Salla_vallavalitsus, lk 19
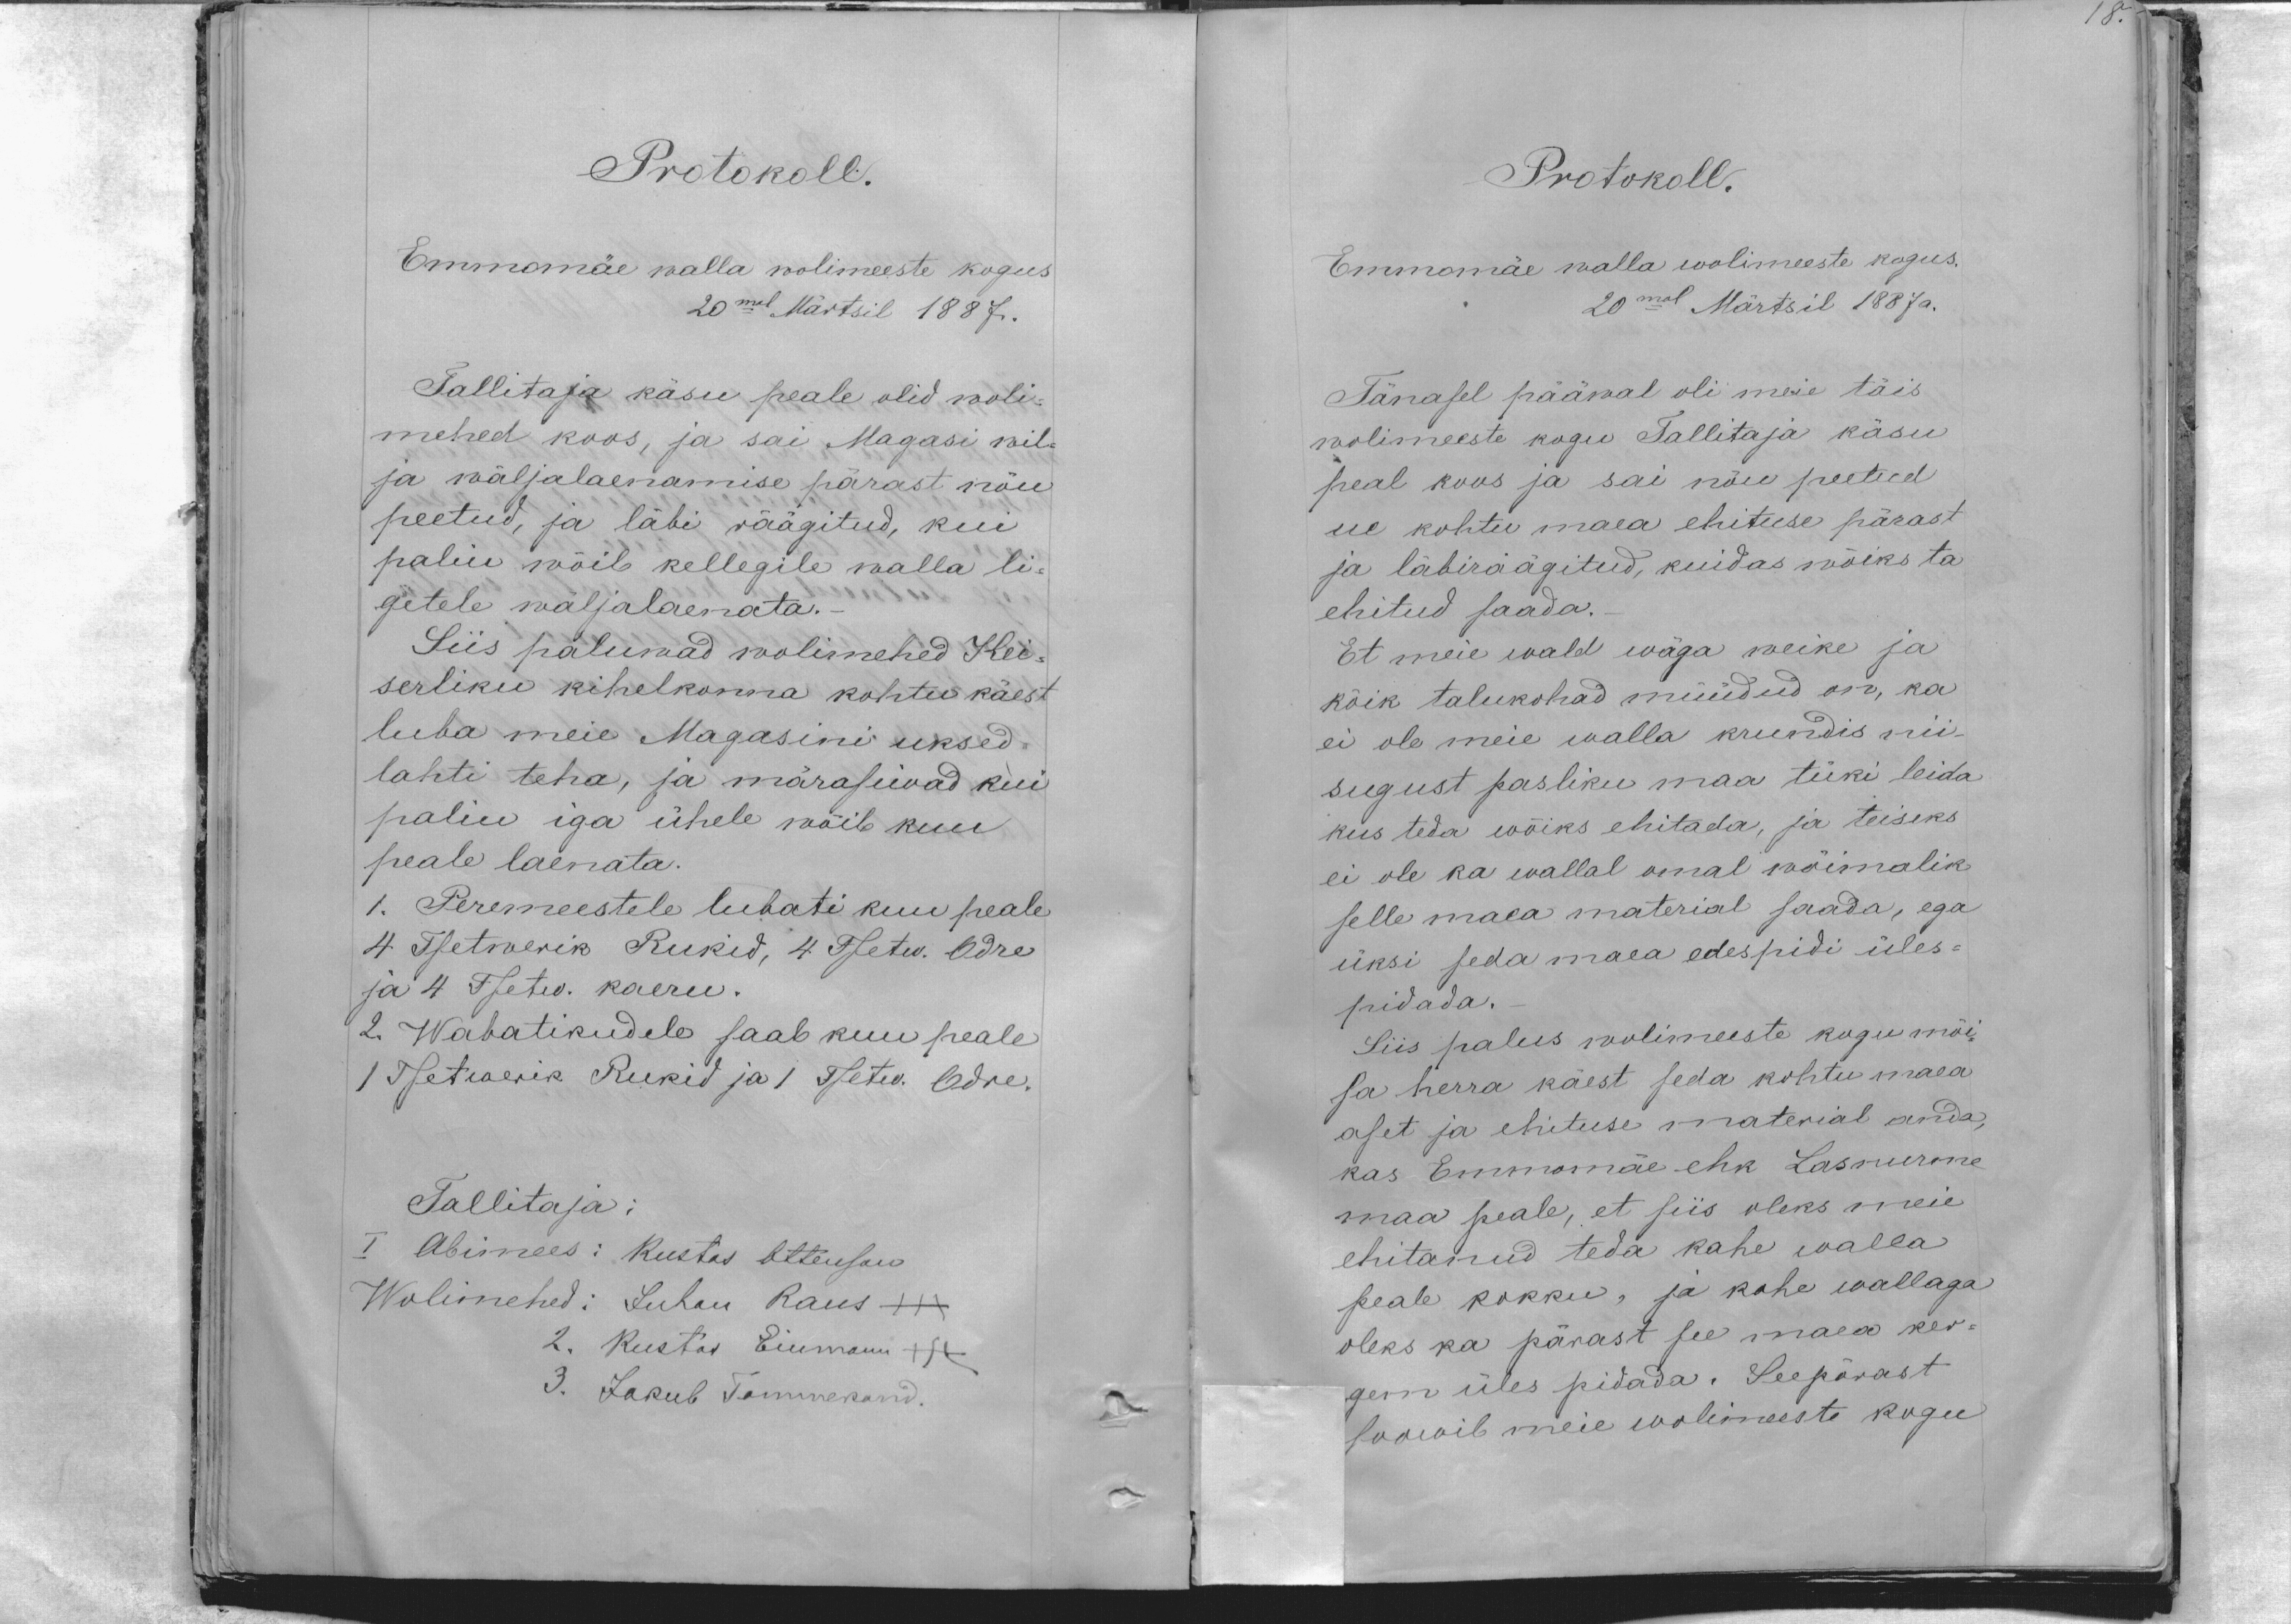
18.

Protokoll.
Emmomäe valla wolimeeste kogus
20mal Märtsil 1887.
Tallitaja käsu peale olid woli-
mehed koos, ja sai Magasi wil-
ja wäljalaenamise pärast nõu
peetud, ja läbi räägitud, kui
paliu wõib kellegile walla li-
getele wäljalaenata.-
Siis paluwad wolimehed Kei-
serliku kihelkonna kohtu käest
luba meie Magasini uksed.
lahti teha, ja märaseiwad kui
paliu iga ühele wõib kuu
peale laenata.
1. Peremeestele lubati kuu peale
4. Tsetwerik Rukid, 4 Tsetw. Odre
ja 4 Tsetw. kaeru.
2 Wabatikudele saab kuu peale
1 Tsetwerik Rukid ja 1 Tsetw Odre.
Tallitaja:
I Abimees: Kustas Ottenson
Wolimehed: Juhan Raus +++
2. Kustas Einmann +++
3. Jakub Tammekand.

Protokoll.
Emmomäe walla wolimeeste kogus.
20mal Märtsil 1887a.
Tänasel pääwal oli meie täis
wolimeeste kogu Tallitaja käsu
peal koos ja sai nõu peetud
ue kohtu maea ehituse pärast
ja läbiräägitud, kuidas wõiks ta
ehitud saada.-
Et meie wald wäga weike ja
kõik talukohad müüdud on, ka
ei ole meie walla krundis nii
sugust pasliku maa tüki leida
kus teda wõiks ehitada, ja teiseks
ei ole ka wallal omal wõimalik
selle maa material saada, ega
üksi seda maa edespidi üles-
pidada.-
Siis palus wolimeeste kogu mõi-
sa herra käest seda kohtu maea
aset ja ehituse material anda,
kas Emmomäe ehk Lasnurme
maa peale, et siis oleks meie
ehitanud teda kahe walla
peale kokku, ja kahe wallaga
oleks ka pärast see maa ker-
gem üles pidada. Seepärast
soowib meie wolimeeste kogu